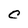
Character: C